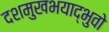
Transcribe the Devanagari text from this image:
दशमुखभयाद्भुवो